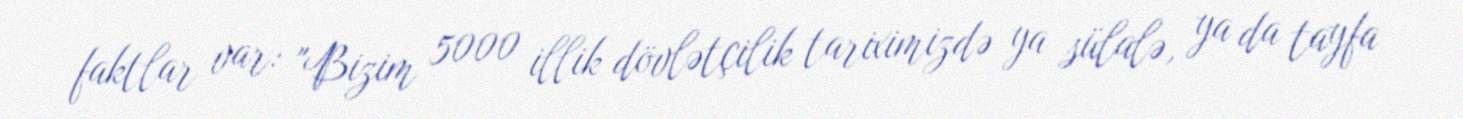
faktlar var: "Bizim 5000 illik dövlətçilik tariximizdə ya sülalə, ya da tayfa